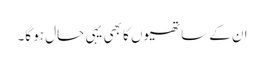
ان کے ساتھیوں کا بھی یہی حال ہو گا۔